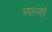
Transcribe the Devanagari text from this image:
नर्ल्स